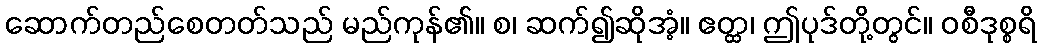
ဆောက်တည်စေတတ်သည် မည်ကုန်၏။ စ၊ ဆက်၍ဆိုအံ့။ ဧတ္ထ၊ ဤပုဒ်တို့တွင်။ ဝစီဒုစ္စရိ